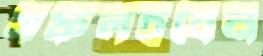
সফলহবেন